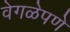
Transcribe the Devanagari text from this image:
वेगळेपणे